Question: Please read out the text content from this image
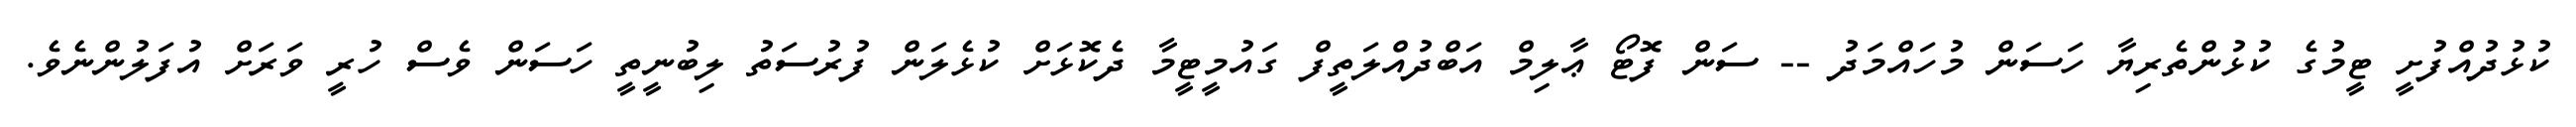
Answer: ކުޅުދުއްފުށީ ޓީމުގެ ކުޅުންތެރިޔާ ހަސަން މުހައްމަދު -- ސަން ފޮޓޯ ޢާލިމް އަބްދުއްލަތީފް ގައުމީޓީމާ ދެކޮޅަށް ކުޅެލަން ފުރުސަތު ލިބުނީތީ ހަސަން ވެސް ހުރީ ވަރަށް އުފަލުންނެވެ.